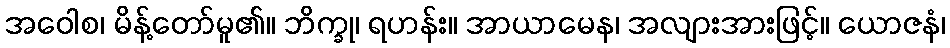
အဝေါစ၊ မိန့်တော်မူ၏။ ဘိက္ခု၊ ရဟန်း။ အာယာမေန၊ အလျားအားဖြင့်။ ယောဇနံ၊